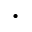
\cdot